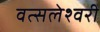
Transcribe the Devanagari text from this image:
वत्सलेश्वरी